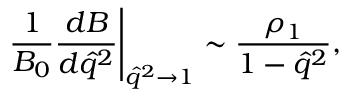
\left. \frac { 1 } { { \cal B } _ { 0 } } \frac { d { \cal B } } { d \hat { q } ^ { 2 } } \right| _ { \hat { q } ^ { 2 } \to 1 } \sim \frac { \rho _ { 1 } } { 1 - \hat { q } ^ { 2 } } ,